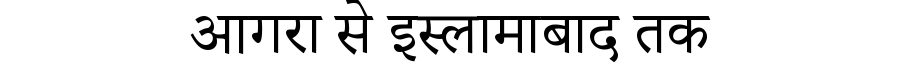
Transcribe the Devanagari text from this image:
आगरा से इस्लामाबाद तक